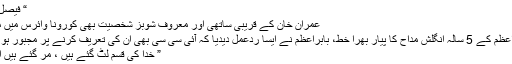
“ فیصل آباد
عمران خان کے قریبی ساتھی اور معروف شوبز شخصیت بھی کورونا وائرس میں مبتلا
بابراعظم کے 5 سالہ انگلش مداح کا پیار بھرا خط، بابراعظم نے ایسا ردعمل دیدیا کہ آئی سی سی بھی ان کی تعریف کرنے پر مجبور ہو گئی
” خدا کی قسم لٹ گئے ہیں ، مر گئے ہیں اور ۔